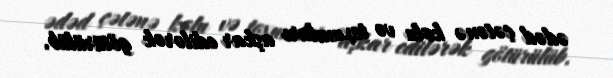
ədəd çətənə kolu və toxumları aşkar edilərək götürülüb.